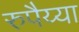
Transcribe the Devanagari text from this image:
रुपैय्या